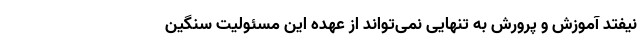
نیفتد آموزش و پرورش به تنهایی نمی‌تواند از عهده این مسئولیت سنگین